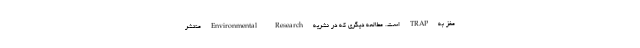
مغز به TRAP است. مطالعه دیگری که در نشریه Environmental Research منتشر